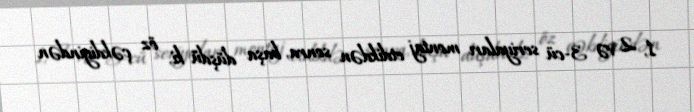
1, 2 və 3-cü seriyaları montaj etdikdən sonra, başa düşdü ki, öz çəkdiyindən